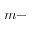
m -